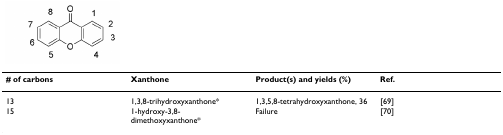
| # of carbons | Xanthone | Product(s) and yields (%) | Ref. |
 | --- | --- | --- | --- |
 | 13 | 1,3,8-trihydroxyxanthone* | 1,3,5,8-tetrahydroxyxanthone, 36 | [69] |
 | 15 | 1-hydroxy-3,8-dimethoxyxanthone* | Failure | [70] |